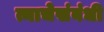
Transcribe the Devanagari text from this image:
त्याचेसंबंधी